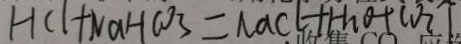
H C l + N a H C O _ { 3 } = N a C l + H _ { 2 } O + C O _ { 2 } \uparrow